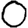
Digit: 0